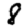
Digit: 8